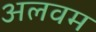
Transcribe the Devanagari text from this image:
अलवम